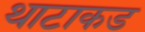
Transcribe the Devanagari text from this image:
थाटाकड